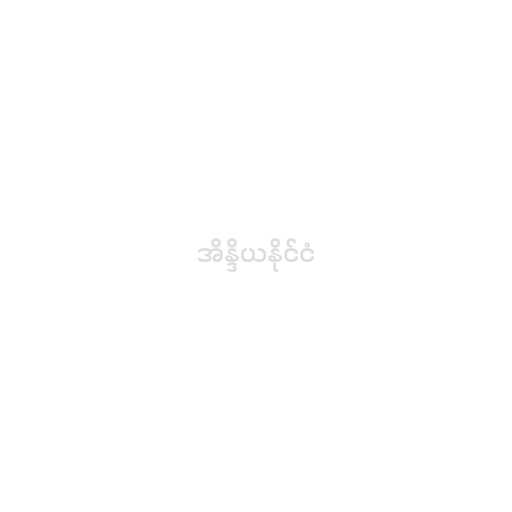
အိန္ဒိယနိုင်ငံ